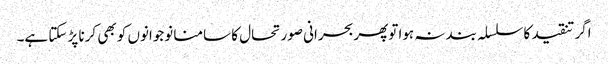
اگر تنقید کا سلسلہ بند نہ ہوا توپھربحرانی صورتحال کا سامنا نوجوانوں کو بھی کرنا پڑ سکتا ہے۔